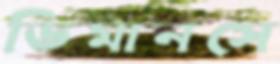
ডিমানসে